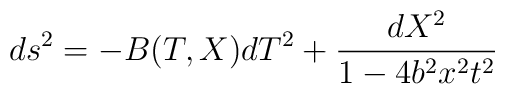
ds^2 = -B(T,X) dT^2 + \frac{dX^2}{1-4 b^2 x^2 t^2}